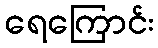
ရေကြောင်း